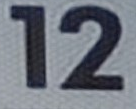
12